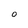
Character: O